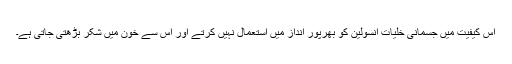
اس کیفیت میں جسمانی خلیات انسولین کو بھرپور انداز میں استعمال نہیں کرتے اور اس سے خون میں شکر بڑھتی جاتی ہے۔